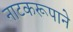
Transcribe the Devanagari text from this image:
नाटकरूपाने